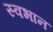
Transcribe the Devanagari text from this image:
स्वभान